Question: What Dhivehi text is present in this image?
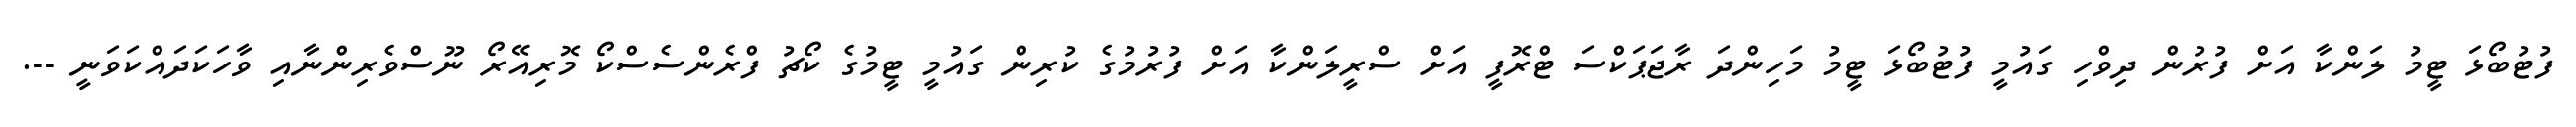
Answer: ފުޓުބޯޅަ ޓީމު ލަންކާ އަށް ފުރުން ދިވްހި ގައުމީ ފުޓުބޯޅަ ޓީމު މަހިންދަ ރާޖަޕަކްސަ ޓްރޮފީ އަށް ސްރީލަންކާ އަށް ފުރުމުގެ ކުރިން ގައުމީ ޓީމުގެ ކޯޗު ފްރެންސެސްކޯ މޮރިއޭރޯ ނޫސްވެރިންނާއި ވާހަކަދައްކަވަނީ --.